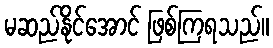
မဆည်နိုင်အောင် ဖြစ်ကြရသည်။